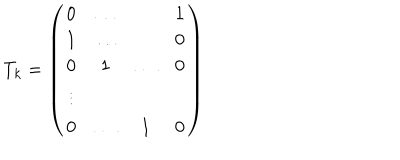
T _ { k } = \left( \begin{array} { c c c c } { { 0 } } & { { \ldots } } & { { } } & { { 1 } } \\ { { 1 } } & { { \ldots } } & { { } } & { { 0 } } \\ { { 0 } } & { { 1 } } & { { \ldots } } & { { 0 } } \\ { { \vdots } } & { { } } & { { } } & { { } } \\ { { 0 } } & { { \ldots } } & { { 1 } } & { { 0 } } \\ \end{array} \right)